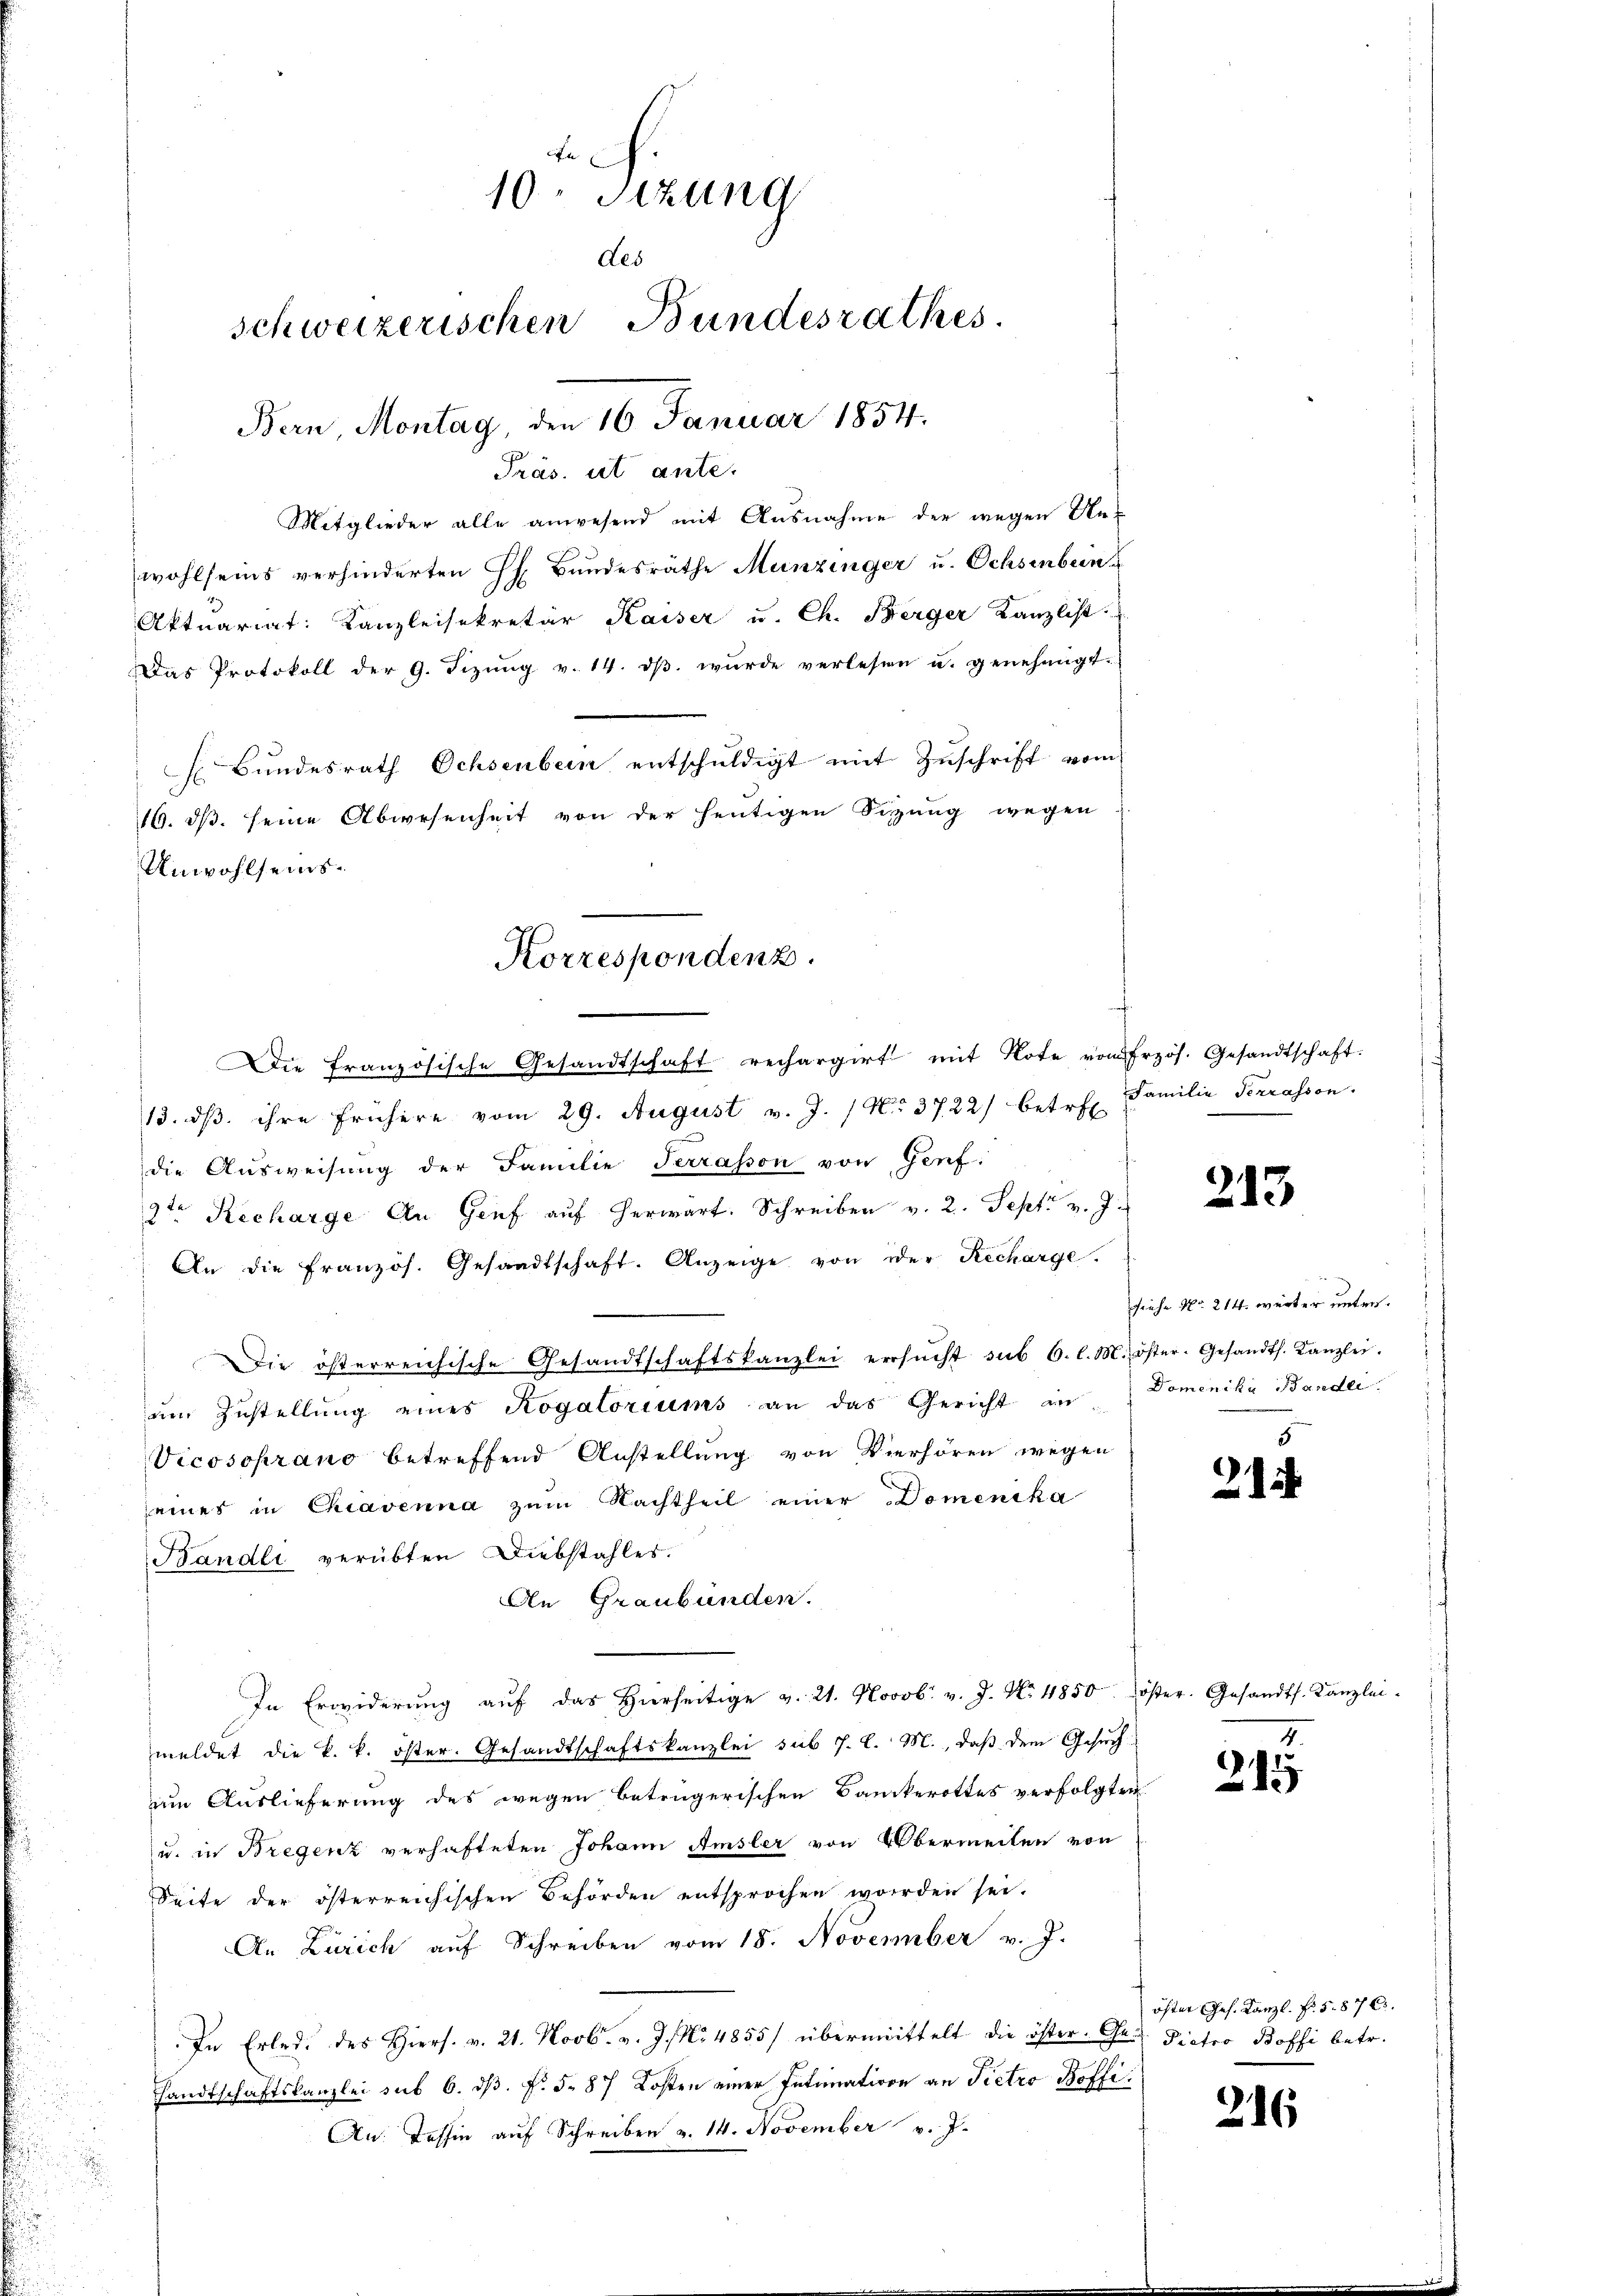
An
10. Sizung
des
schweizerischen Bundesrathes.
Bern, Montag, den 16. Januar 1854.

Präs. ut ante.

Mitglieder alle anwesend mit Ausnahme der wegen Unwohlseins verhinderten Ph. Bŭndesräthe Munzinger u. Ochsenbein
Aktuariat: Kanzleisekretär Kaiser u. Ch. Berger Kanzlist.
13. dβ ihre frühere vom 29. August v. J. / No. 3722) betr. Familie Terrasson.
die Aŭsweisung der Familie Terrasson von Genf.
2ten Recharge An Genf auf herwart. Schreiben v. 2. Sept v. J.
An die französ. Gesandtschaft. Anzeige von der Recharge.
Die österreichische Gesandtschaftskanzlei ersŭcht sub 6. l. M. öster- Gesandts. Kanzlei.
ŭm Zustellung eines Rogatoriums an das Gericht in Domeniki Bandei
Vicosoprano betreffend Anstellung von Vierhören wegen
seines in Chiavenna zum Nachtheil einer Domenika
Bändli verübten Diebstahles.
An Graubünden.
In Erwiderŭng aŭf das hierseitige v. 21. Novob. v. J. N. 1850 öster. Gesandts. Kanzlei-
meldet die k. k. öster. Gesandtschaftskanzlei sub 7. d. M., daß dem Gesuch
um Auslieferung des wegen betrügerischen Banckerottes verfolgten
u. in Bregenz verhafteten Johann Amsler von Oberweilen von
Seite der österreichischen Behörden entsprochen worden sei.
An Zürich auf Schreiben vom 18. November v. J.
In Erlede des Hiers. v. 21. Novbr. v. J. N. 4855/ übermittelt die öster. Chr. Pietro Boffi betr.
handtschaftskanzlei sub 6. ds. f. 5. 87 Kosten einer Intimatione an Pietro Bolli
An: Tessin auf Schreiben a. 14. November v. J.

Das Protokoll der G. Tizŭng v. 14. dβ wŭrde verlesen u. genehmigt.
16. ds. seine Abwesenheit von der heutigen Sitzung wegen

s Bŭndesrath Ochsenbern entschŭldigt mit Zŭschrift vom

Anwohlseits¬
Korrespondenz.
Die Französische Gesandtschaft rechargirt mit Note von Frzös. Gesandtschaft.

s

213

frühe No. 214. weiter unter.

3)

2
315

öfter Ges. Kanzl. No. 5. 87 C.

216